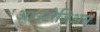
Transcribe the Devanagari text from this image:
आउटरेजिअस